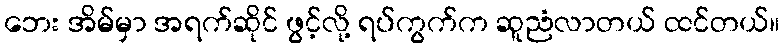
ဘေး အိမ်မှာ အရက်ဆိုင် ဖွင့်လို့ ရပ်ကွက်က ဆူညံလာတယ် ထင်တယ်။